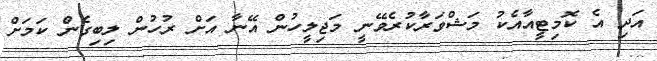
އަދި އެ ކޮމިޓީއާއެކު މަޝްވަރާކުރެވޭނީ މަޖިލީހުން އޭނާ އަށް ރުހުން ލިބިގެން ކަމަށް